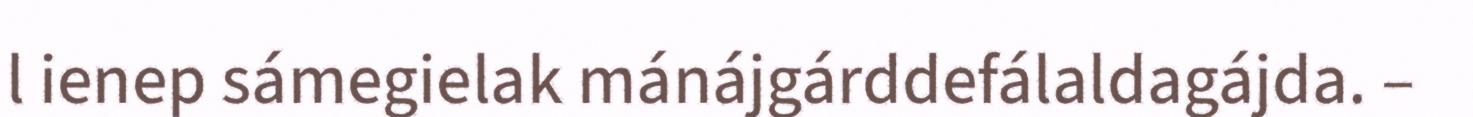
l ienep sámegielak mánájgárddefálaldagájda. –